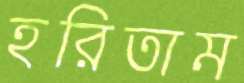
হরিতাম